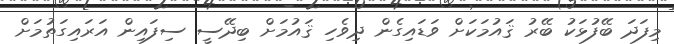
މިފަދަ ބޭފުޅަކު ބޭރު ޤައުމަކަށް ވަޑައިގެން ދިވެހި ޤައުމަށް ބިދޭސީ ސިފައިން އަރައިގަތުމަށް